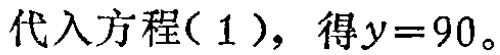
代入方程( 1 )，得\(y = 90\)。